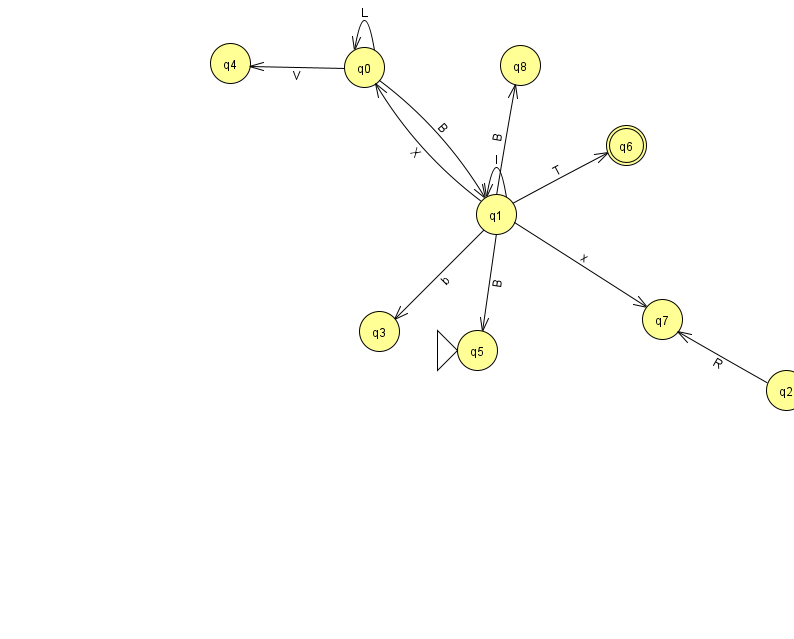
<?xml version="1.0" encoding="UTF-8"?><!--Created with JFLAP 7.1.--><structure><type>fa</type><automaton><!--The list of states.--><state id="0" name="q0"><x>364.0</x><y>54.0</y></state><state id="1" name="q1"><x>496.0</x><y>201.0</y></state><state id="2" name="q2"><x>786.0</x><y>377.0</y></state><state id="3" name="q3"><x>379.0</x><y>318.0</y></state><state id="4" name="q4"><x>230.0</x><y>50.0</y></state><state id="5" name="q5"><x>477.0</x><y>337.0</y><initial/></state><state id="6" name="q6"><x>626.0</x><y>132.0</y><final/></state><state id="7" name="q7"><x>662.0</x><y>306.0</y></state><state id="8" name="q8"><x>520.0</x><y>52.0</y></state><!--The list of transitions.--><transition><from>0</from><to>1</to><read>B</read></transition><transition><from>1</from><to>8</to><read>B</read></transition><transition><from>2</from><to>7</to><read>R</read></transition><transition><from>1</from><to>0</to><read>X</read></transition><transition><from>1</from><to>1</to><read>I</read></transition><transition><from>1</from><to>3</to><read>b</read></transition><transition><from>1</from><to>6</to><read>T</read></transition><transition><from>0</from><to>0</to><read>L</read></transition><transition><from>0</from><to>4</to><read>V</read></transition><transition><from>1</from><to>5</to><read>B</read></transition><transition><from>1</from><to>7</to><read>x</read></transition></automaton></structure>